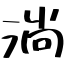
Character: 淌